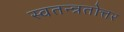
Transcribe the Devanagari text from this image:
स्वतन्त्रतोत्तर